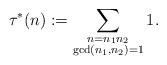
LaTeX: \begin{align*}\tau^*(n):=\sum\limits_{\substack{n=n_1n_2\\ \gcd(n_1,n_2)=1}}1.\end{align*}